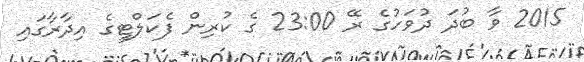
2015 ވާ ބުދަ ދުވަހުގެ ރޭ 23:00 ގެ ކުރިން ފެކަލްޓީގެ އިދާރާގައި